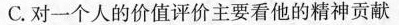
C.对一个人的价值评价主要看他的精神贡献